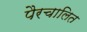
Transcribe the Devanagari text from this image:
पैरचालित